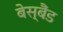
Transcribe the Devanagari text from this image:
बेस्बैंड